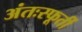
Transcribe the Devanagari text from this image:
अंतःस्फूर्ती